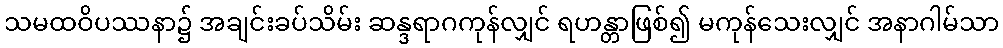
သမထဝိပဿနာ၌ အချင်းခပ်သိမ်း ဆန္ဒရာဂကုန်လျှင် ရဟန္တာဖြစ်၍ မကုန်သေးလျှင် အနာဂါမ်သာ